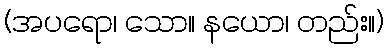
(အပရော၊ သော။ နယော၊ တည်း။)